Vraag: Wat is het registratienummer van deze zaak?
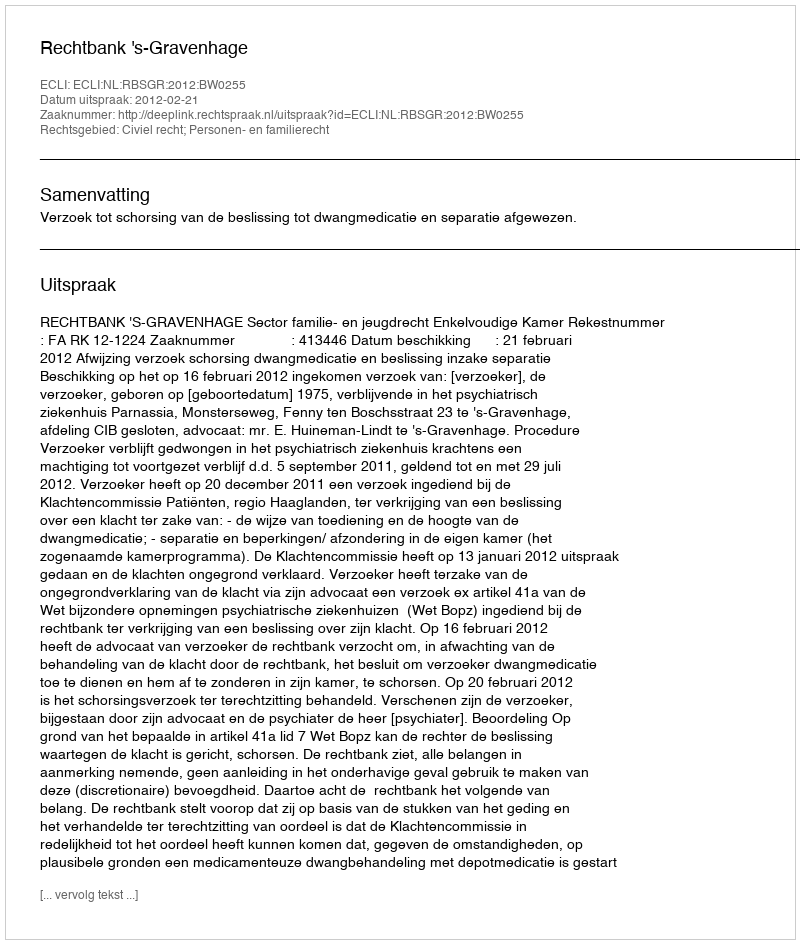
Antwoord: http://deeplink.rechtspraak.nl/uitspraak?id=ECLI:NL:RBSGR:2012:BW0255